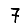
Digit: 7